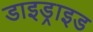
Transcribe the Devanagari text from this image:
डाइड्राइड